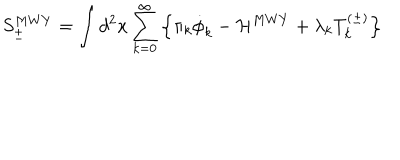
S _ { \pm } ^ { M W Y } = \int d ^ { 2 } x \sum _ { k = 0 } ^ { \infty } \left\{ \pi _ { k } \dot { \phi } _ { k } - { \cal H } ^ { M W Y } + \lambda _ { k } T _ { k } ^ { ( \pm ) } \right\}